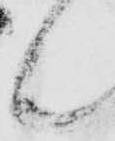
候